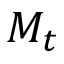
M _ { t }